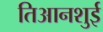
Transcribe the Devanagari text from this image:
तिआनशुई